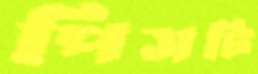
পিসটি